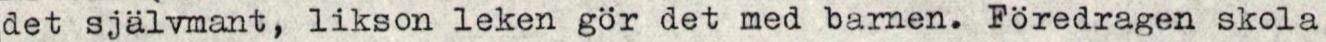
det självmant, likson leken gör det med barnen. Föredragen skola